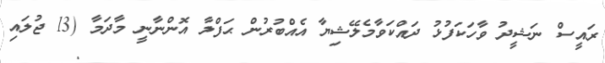
ރައީސް ނަޝީދު ވާހަަކަފުޅު ދައްކަވާމެލޭޝިޔާ އެއްބުރުން ޙަފްލާ އޮންނާނީ މާދަމާ (13 ޖުލައި